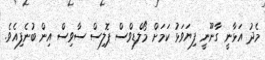
މެދު އަޅާނީ ގާނޫނީ ފިޔަވަޅު ކަމަށް މޯލްޑިވްސް ޕޮލިސް ސާވިސް އިން ބުނެފިއެވެ.